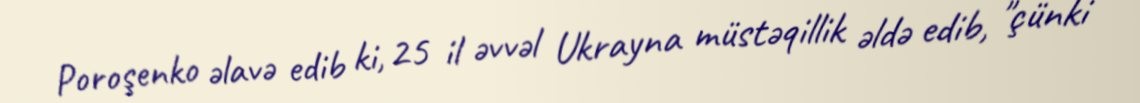
Poroşenko əlavə edib ki, 25 il əvvəl Ukrayna müstəqillik əldə edib, "çünki